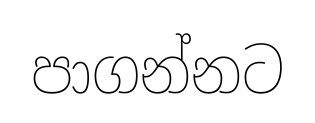
පාගන්නට